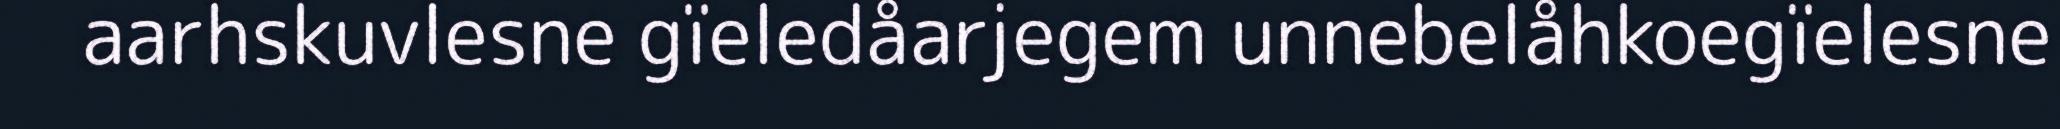
aarhskuvlesne gïeledåarjegem unnebelåhkoegïelesne